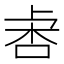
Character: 𣑅